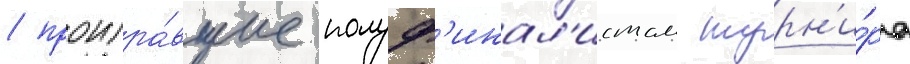
/ проигра́вшие полуф'инал'истам турн'и́ра